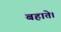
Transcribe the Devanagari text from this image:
बहाते।